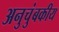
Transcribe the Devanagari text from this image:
अनुचुंबकीय